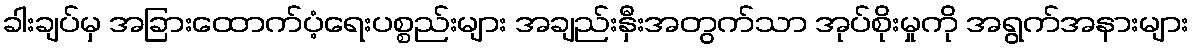
ခါးချပ်မှ အခြားထောက်ပံ့ရေးပစ္စည်းများ အချည်းနှီးအတွက်သာ အုပ်စိုးမှုကို အရွက်အနားများ